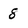
Character: 8